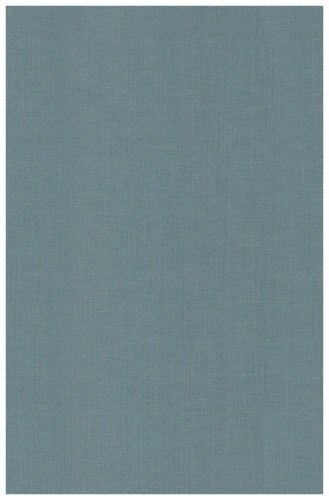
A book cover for Notes and Comments on Robert's Rules, 3rd Edition; Jon L Ericson; Reference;